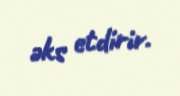
əks etdirir.